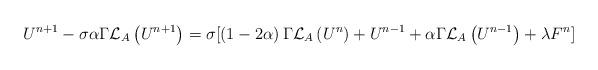
LaTeX: \begin{align*}U^{n+1}-\sigma \alpha \Gamma \mathcal{L}_{A}\left( U^{n+1}\right) =\sigma\lbrack \left( 1-2\alpha \right) \Gamma \mathcal{L}_{A}\left( U^{n}\right)+U^{n-1}+\alpha \Gamma \mathcal{L}_{A}\left( U^{n-1}\right) +\lambda F^{n}]\end{align*}